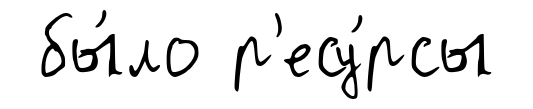
бы́ло р'есу́рсы